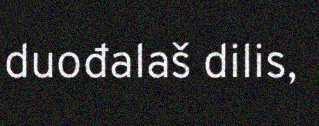
duođalaš dilis,